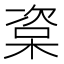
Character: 楶